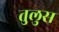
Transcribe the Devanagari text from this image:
तुलुस